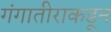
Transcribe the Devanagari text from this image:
गंगातीराकडून